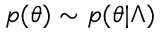
p ( \theta ) \sim p ( \theta | \Lambda )